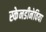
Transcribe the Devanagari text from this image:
स्केनडीनेविया